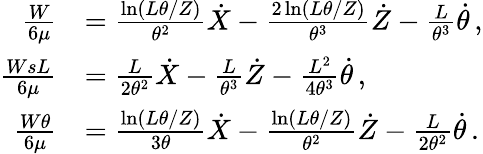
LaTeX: \begin{array}{rl}{\frac{W}{6\mu}}&{=\frac{\ln(L\theta/Z)}{\theta^{2}}\dot{X}-\frac{2\ln(L\theta/Z)}{\theta^{3}}\dot{Z}-\frac{L}{\theta^{3}}\dot{\theta}\, ,}\\ {\frac{WsL}{6\mu}}&{=\frac{L}{2\theta^{2}}\dot{X}-\frac{L}{\theta^{3}}\dot{Z}-\frac{L^{2}}{4\theta^{3}}\dot{\theta}\, ,}\\ {\frac{W\theta}{6\mu}}&{=\frac{\ln(L\theta/Z)}{3\theta}\dot{X}-\frac{\ln(L\theta/Z)}{\theta^{2}}\dot{Z}-\frac{L}{2\theta^{2}}\dot{\theta}\, .}\end{array}